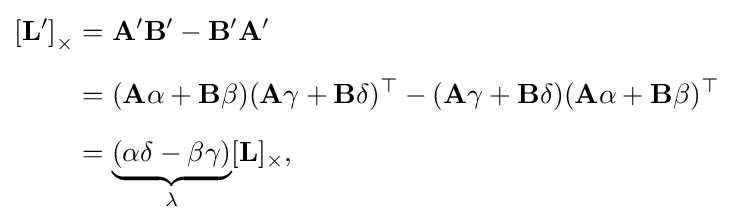
{\begin{aligned}{[}\mathbf {L} ^{\prime }{]}_{\times }&=\mathbf {A} ^{\prime }\mathbf {B} ^{\prime }-\mathbf {B} ^{\prime }\mathbf {A} ^{\prime }\\[6pt]&=(\mathbf {A} \alpha +\mathbf {B} \beta )(\mathbf {A} \gamma +\mathbf {B} \delta )^{\top }-(\mathbf {A} \gamma +\mathbf {B} \delta )(\mathbf {A} \alpha +\mathbf {B} \beta )^{\top }\\[6pt]&=\underbrace {(\alpha \delta -\beta \gamma )} _{\lambda }[\mathbf {L} ]_{\times },\end{aligned}}